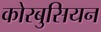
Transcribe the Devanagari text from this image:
कोरबुसियन